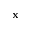
\mathbf { x }